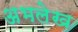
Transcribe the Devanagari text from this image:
अभलेख